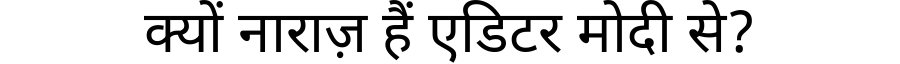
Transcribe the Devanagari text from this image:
क्यों नाराज़ हैं एडिटर मोदी से?